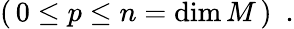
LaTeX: (\, 0\leq p\leq n=\mathrm{dim}\, M\, )\ \ .